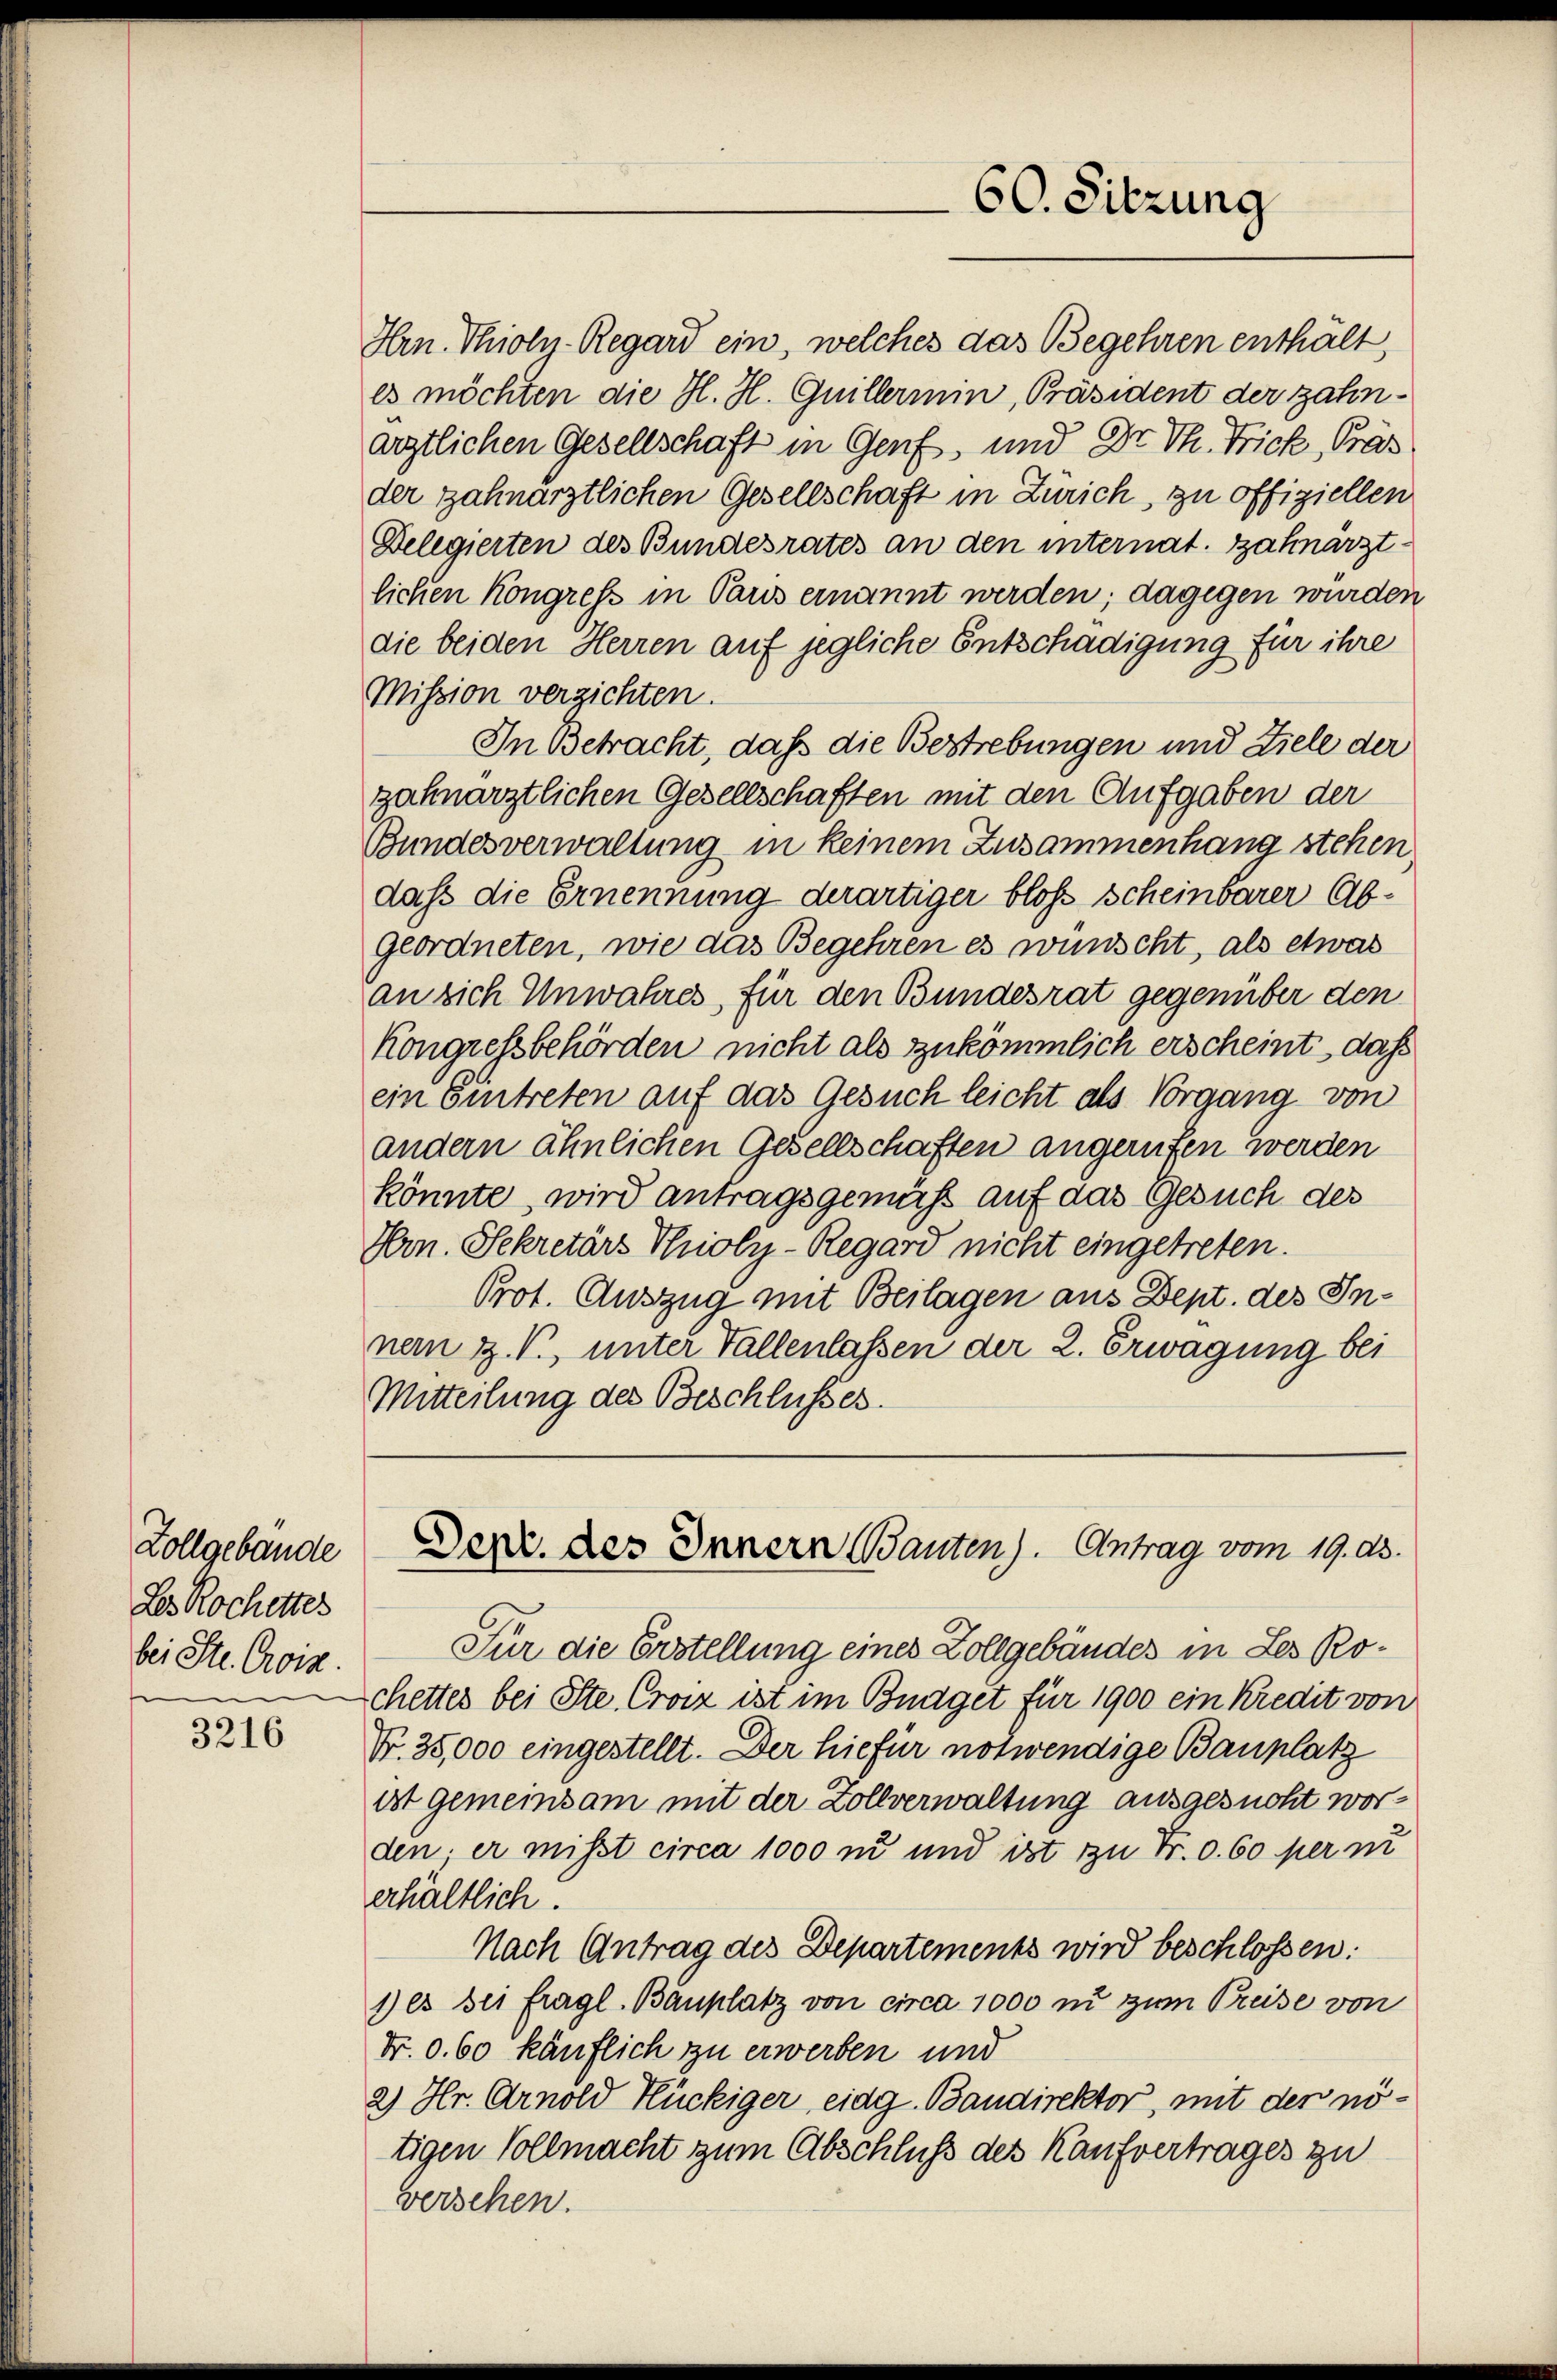
Zollgebäude
Les Rochettes
bei St. Crosa.

3216

Hrn. Thioly-Regard ein, welches das Begehren enthält,
es möchten die H. H. Guillermin, Präsident der zahnärztlichen Gesellschaft in Genf, und Dr. Th. Frick, Präs
der zahnarztlichen Gesellschaft in Zürich, zu offiziellen
Delegierten des Bundesrates an den internat. Zahnarztlichen Kongreß in Paris ernannt werden; dagegen wurden
die beiden Herren auf jegliche Entschädigung für ihre
Mission verzichten.
In Betracht, daß die Bestrebungen und Ziele der
zahnarztlichen Gesellschaften mit den Aufgaben der
Bundesverwaltung in keinem Zusammenhang stehen.
daß die Ernennung derartiger bloß scheinbarer Abgeordneten, wie das Begehren es wünscht, als etwas
an sich Unwahres, für den Bundesrat gegenüber den
Kongressbehörden nicht als zukömmlich erscheint, daß
ein Eintreten auf das Gesuch leicht als Vorgang von
andern ähnlichen Gesellschaften angerufen werden
könnte, wird antragsgemäß auf das Gesuch des
Hrn. Sekretärs Thioly-Regard nicht eingetreten.
Prot. Auszug mit Beilagen aus Dept. des Innem z. B., unter Fallenlassen der 2. Erwägung bei
Mitteilung des Beschlusses.

60. Sitzung

Denr. des Innern Bauten). Antrag vom 19. ds.

Für die Erstellung eines Zollgebäudes in Les Rochettes bei Ste. Croiz ist im Bnaget für 1900 ein Kredit von
Nr. 35,000 eingestellt. Der hiefür notwendige Bauplatz
ist gemeinsam mit der Zollverwaltung ausgesucht worden; er misst circa 1000 zu und ist zu Fr. 0. 60 per in
erhältlich.
Nach Antrag des Departements wird beschlossen:
1) es sei fragl. Bauplatz von circa 1000 in zum Preise von
dr. 0. 60 käuflich zu erwerben und
2) Hr. Arnold Hückiger eidg. Bandirektor, mit der nötigen Vollmacht zum Abschluß des Kaufvertrages zu
versehen.